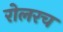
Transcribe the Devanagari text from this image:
रोलरच